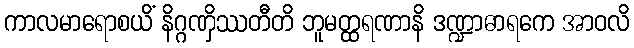
ကာလမာရောစယိံ နိဂ္ဂဏှိဿတီတိ ဘူမတ္ထရဏာနိ ဒဏ္ဍာဓာရကေ အာဝလိ